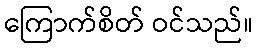
ကြောက်စိတ် ဝင်သည်။